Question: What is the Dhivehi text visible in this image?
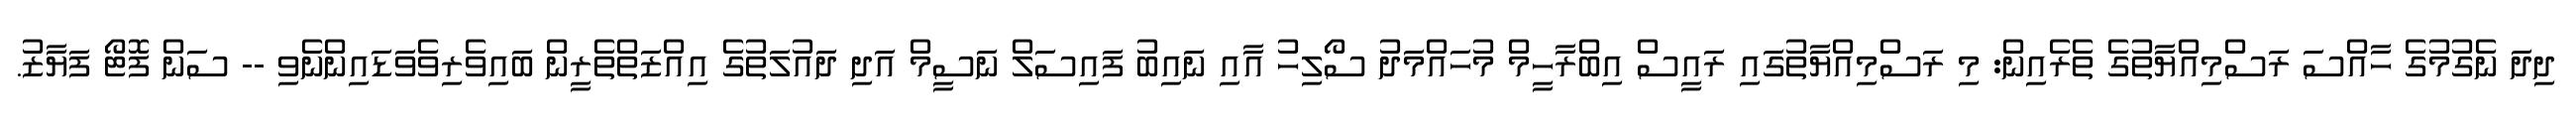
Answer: ދިދަ ނެގުމުގެ ހާއްސަ ރަސްމިއްޔާތުގެ ތެރެއިން: މި ރަސްމިއްޔާތުގައި ރައީސް އިބްރާހީމް މުހައްމަދު ސޯލިހު އާއި ނައިބު ފައިސަލް ނަސީމް އަދި ދައުލަތުގެ އިއްޒަތްތެރީން ބައިވެރިވެވަޑައިންނެވި -- ސަން ފޮޓޯ ފަޔާޒު.